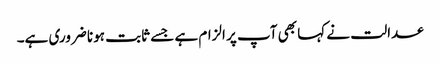
عدالت نے کہا بھی آپ پر الزام ہے جسے ثابت ہونا ضروری ہے۔